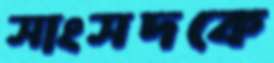
সাংসদকে